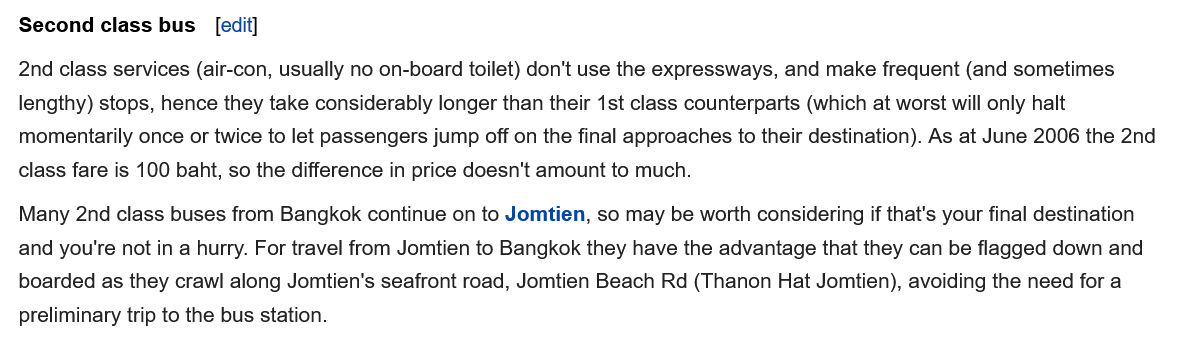
Second  class bus
  2nd class services (air-con, usually no on-board toilet) don't use the expressways, and make frequent (and sometimes
  lengthy) stops, hence they take considerably longer than their 1st class counterparts (which at worst will only halt
  momentarily once or twice to let passengers jump off on the final approaches to their destination). As at June 2006 the 2nd
  class fare is 100 baht, so the difference in price doesn't amount to much.
  Many 2nd class buses from Bangkok continue on to Jomtien, so may be worth considering if that's your final destination
  and you're not in a hurry. For travel from Jomtien to Bangkok they have the advantage that they can be flagged down and
  boarded as they crawl along Jomtien's seafront road, Jomtien Beach Rd (Thanon Hat Jomtien), avoiding the need for a
  preliminary trip to the bus station.
     [edit]